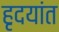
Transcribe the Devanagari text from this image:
हृदयांत